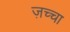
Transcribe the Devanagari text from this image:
ज़च्चा